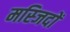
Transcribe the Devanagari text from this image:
मस्‍जिदों